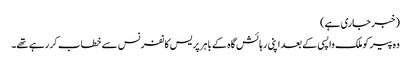
(خبر جاری ہے)
وہ پیر کوملک واپسی کے بعد اپنی رہا ئش گاہ کے باہر پر یس کانفرنس سے خطاب کر رہے تھے۔